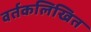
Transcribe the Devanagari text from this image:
वर्तकलिखित